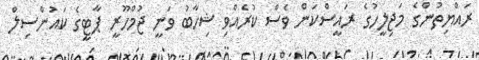
ރައްޔިތުންގެ މަޖިލީހުގެ ރައީސްކަން ވެސް ކުރެއްވި ޝިހާބު ވަނީ ޖުމްހޫރީ ޕާޓީގެ ކައުންސިލް